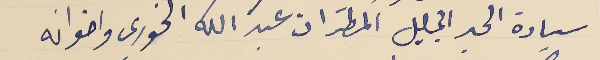
سيادة الحبر الجليل المطران عبد الله الخورى واخوانه